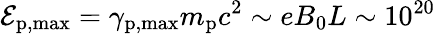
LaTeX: \mathcal{E}_{\mathrm{p,max}}=\gamma_{\mathrm{p,max}}m_{\mathrm{p}}c^{2}\sim eB_{0}L\sim 10^{20}